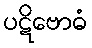
ပဋိဗောဓံ